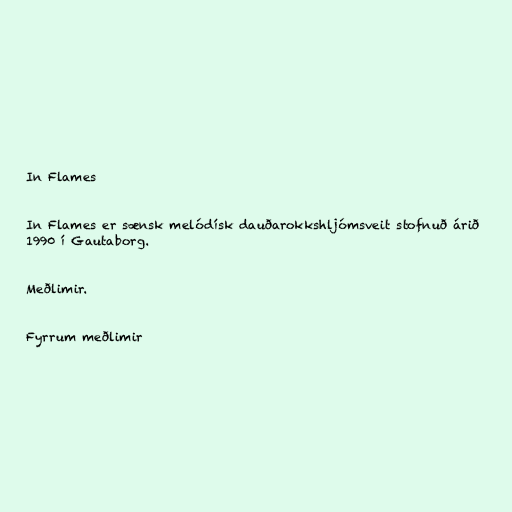
In Flames

In Flames er sænsk melódísk dauðarokkshljómsveit stofnuð árið
1990 í Gautaborg.

Meðlimir.

Fyrrum meðlimir